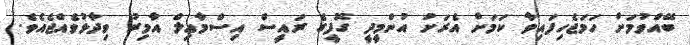
ބޭއްވުމަށް ހަމަޖެހިފައިވާ ކަމަށް އެރަށު އުންމީދީ ގޮފީގެ ރައީސް އިސްމާޢިލް އާމިރު ވިދާޅުވެއްޖެއެވެ.